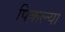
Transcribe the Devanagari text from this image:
पिकल्या